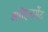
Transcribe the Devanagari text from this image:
अपॉइन्टमेंट